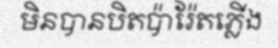
មិនបានបិតប៉ារ៉ែតភ្លើង